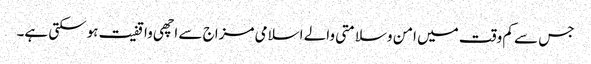
جس سے کم وقت میں امن وسلامتی والے اسلامی مزاج سے اچھی واقفیت ہوسکتی ہے۔